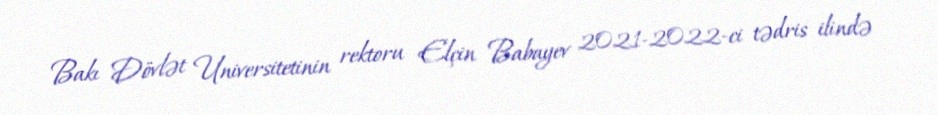
Bakı Dövlət Universitetinin rektoru Elçin Babayev 2021-2022-ci tədris ilində